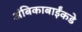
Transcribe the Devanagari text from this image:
अंबिकाबाईंकडे